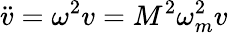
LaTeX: \ddot{v}=\omega^{2}v=M^{2}\omega_{m}^{2}v